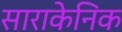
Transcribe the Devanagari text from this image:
साराकेनिक